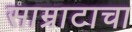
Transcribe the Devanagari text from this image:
साम्राटाचा